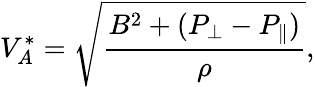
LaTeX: V_{A}^{*}=\sqrt{\frac{B^{2}+(P_{\perp}-P_{\| })}{\rho}},